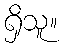
ရှိသူ။